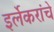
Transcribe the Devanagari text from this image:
इर्लेकरांचे